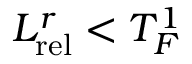
L _ { \mathrm { r e l } } ^ { r } < T _ { F } ^ { 1 }